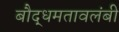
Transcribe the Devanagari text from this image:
बौद्धमतावलंबी